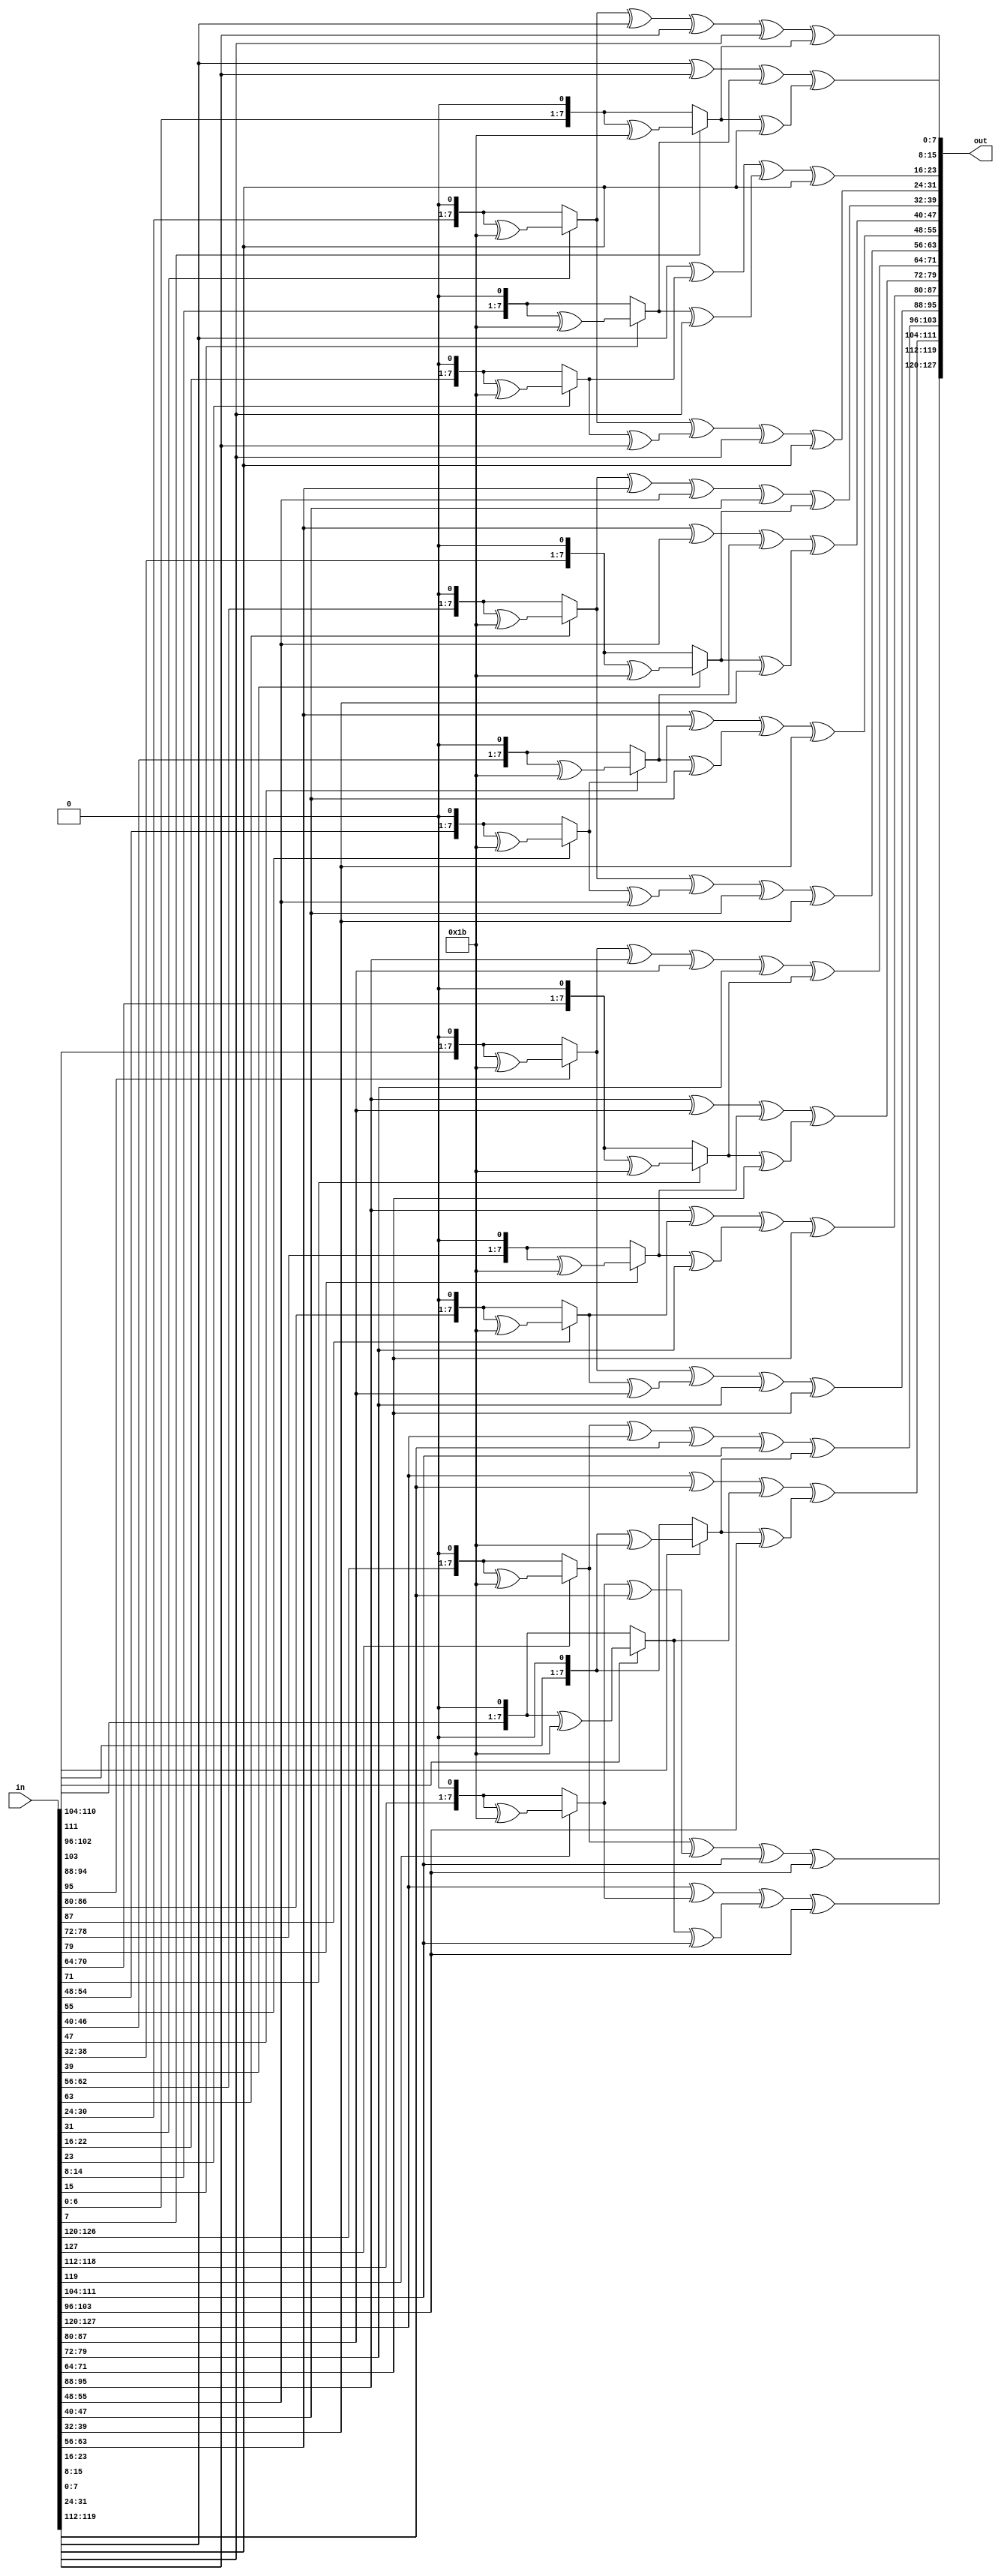
module MixColumns (
/*
	row1,
	row2,
	row3,
	row4,
	out_row1,
	out_row2,
	out_row3,
	out_row4
	*/
	in,
	out
);

function [7:0] mul2;
	input [7:0] x;
	begin
	mul2 = (x[7]) ? (x << 1) ^ 8'h1b : x << 1;
	end
endfunction

function [7:0] mul3;
	input [7:0] x;
	begin
	mul3 = mul2(x) ^ x;
	end
endfunction

/*
input [31:0] row1;
input [31:0] row2;
input [31:0] row3;
input [31:0] row4;

output [31:0] out_row1;
output [31:0] out_row2;
output [31:0] out_row3;
output [31:0] out_row4;
*/
input [127:0] in;
output [127:0] out;

genvar i;

generate
for (i=4;i>0;i = i - 1)
begin: mix_columns
	assign out[(32*i-1)-:8] = mul2(in[(32*i-1)-:8]) ^ mul3(in[(32*i-9)-:8]) ^ in[(32*i-17)-:8] ^ in[(32*i-25)-:8];
	assign out[(32*i-9)-:8] = in[(32*i-1)-:8] ^ mul2(in[(32*i-9)-:8]) ^ mul3(in[(32*i-17)-:8]) ^ in[(32*i-25)-:8];
	assign out[(32*i-17)-:8] = in[(32*i-1)-:8] ^ in[(32*i-9)-:8] ^ mul2(in[(32*i-17)-:8]) ^ mul3(in[(32*i-25)-:8]);
	assign out[(32*i-25)-:8] = mul3(in[(32*i-1)-:8]) ^ in[(32*i-9)-:8] ^ in[(32*i-17)-:8] ^ mul2(in[(32*i-25)-:8]);
end
endgenerate
endmodule